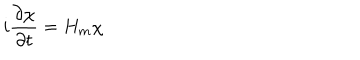
i \frac { \partial \chi } { \partial t } = H _ { m } \chi